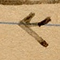
٢